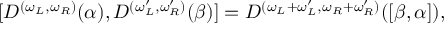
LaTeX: [ D ^ { ( \omega _ { L } , \omega _ { R } ) } ( \alpha ) , D ^ { ( \omega _ { L } ^ { \prime } , \omega _ { R } ^ { \prime } ) } ( \beta ) ] = D ^ { ( \omega _ { L } + \omega _ { L } ^ { \prime } , \omega _ { R } + \omega _ { R } ^ { \prime } ) } ( [ \beta , \alpha ] ) ,